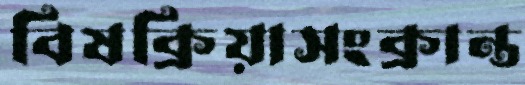
বিষক্রিয়াসংক্রান্ত